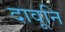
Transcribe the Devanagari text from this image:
दावूनि